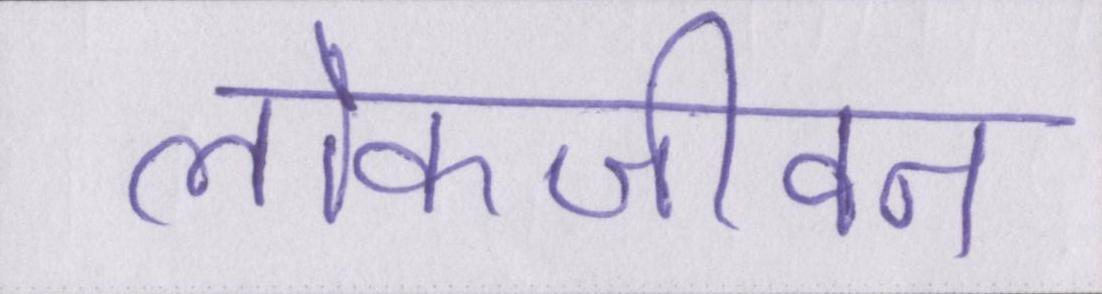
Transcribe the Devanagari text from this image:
लोकजीवन